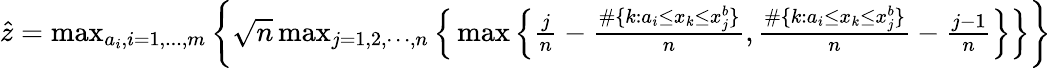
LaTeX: \begin{array}{r}{\hat{z}=\operatorname*{max}_{a_{i},i=1,...,m}\bigg\{ \sqrt{n}\operatorname*{max}_{j=1,2,\cdots,n}\Big\{ \operatorname*{max}\Big\{ \frac{j}{n}-\frac{\# \{ k:a_{i}\leq x_{k}\leq x_{j}^{b}\} }{n},\frac{\# \{ k:a_{i}\leq x_{k}\leq x_{j}^{b}\} }{n}-\frac{j-1}{n}\Big\} \Big\} \bigg\} }\end{array}